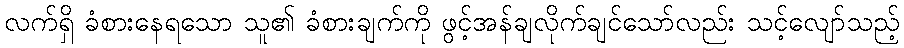
လက်ရှိ ခံစားနေရသော သူ၏ ခံစားချက်ကို ဖွင့်အန်ချလိုက်ချင်သော်လည်း သင့်လျော်သည့်